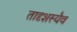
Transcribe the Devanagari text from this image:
तादृशस्यैव